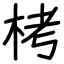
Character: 栲